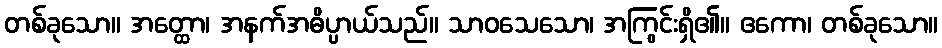
တစ်ခုသော။ အတ္ထော၊ အနက်အဓိပ္ပာယ်သည်။ သာဝသေသော၊ အကြွင်းရှိ၏။ ဧကော၊ တစ်ခုသော။